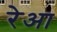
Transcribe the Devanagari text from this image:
रेआ